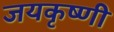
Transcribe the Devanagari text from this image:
जयकृष्णी